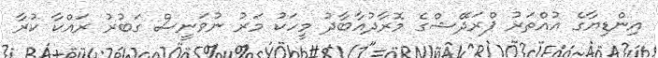
އިންޑިޔާގެ އުއްތަރު ޕްރަދޭޝްގެ މޮރާދުއާބާދު މީހަކު މަރު ނުވަނީސް ގަބުރު ރައްކާ ކުރާ